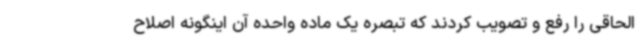
الحاقی را رفع و تصویب کردند که تبصره یک ماده واحده آن اینگونه اصلاح